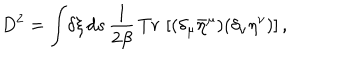
LaTeX: D ^ { 2 } = \int \! \delta \xi \, d s \, { \frac { 1 } { 2 \beta } } \, T r \, \left[ ( \delta _ { \mu } { \bar { \eta } } ^ { \mu } ) ( \delta _ { \nu } \eta ^ { \nu } ) \right] ,